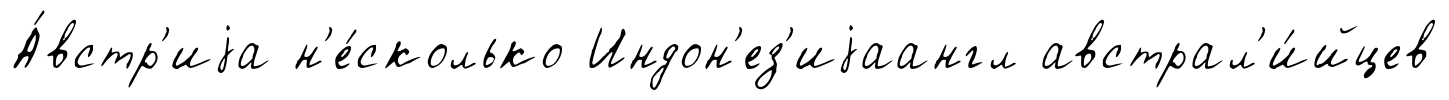
А́встр'иjа н'е́сколько Индон'ез'иjаангл австрал'и́йцев